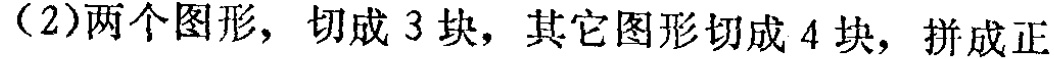
（2）两个图形，切成 3 块，其它图形切成 4 块，拼成正